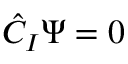
{ \hat { C } } _ { I } \Psi = 0